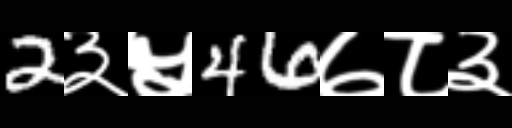
Text: 2३५46७८३